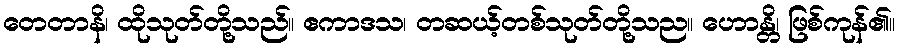
တေတာနိ၊ ထိုသုတ်တို့သည်။ ဧကာဒသ၊ တဆယ့်တစ်သုတ်တို့သည။ ဟောန္တိ၊ ဖြစ်ကုန်၏။